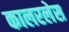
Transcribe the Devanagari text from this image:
कालरलेस